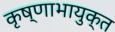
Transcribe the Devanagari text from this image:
कृष्णाभायुक्त